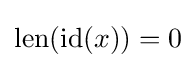
{\text{len}}({\text{id}}(x))=0